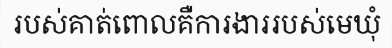
របស់គាត់ពោលគឺការងាររបស់មេឃុំ